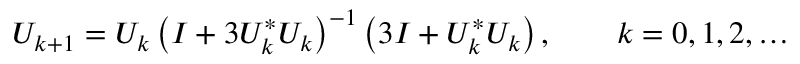
U _ { k + 1 } = U _ { k } \left( I + 3 U _ { k } ^ { * } U _ { k } \right) ^ { - 1 } \left( 3 I + U _ { k } ^ { * } U _ { k } \right) , \qquad k = 0 , 1 , 2 , \ldots